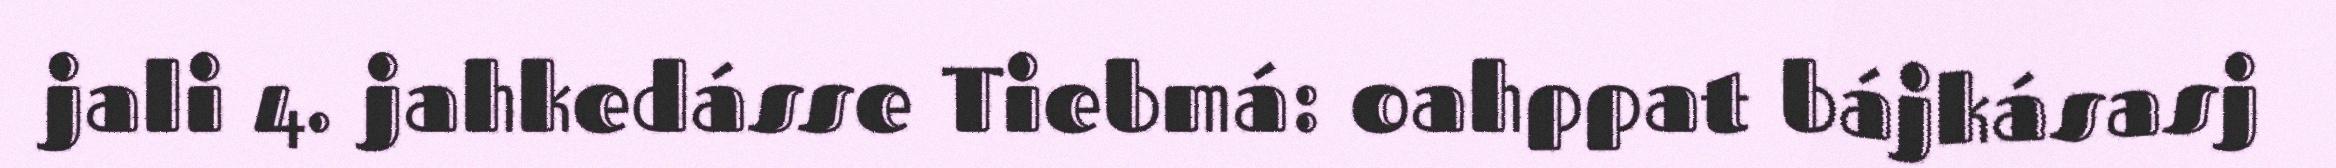
jali 4. jahkedásse Tiebmá: oahppat bájkásasj